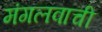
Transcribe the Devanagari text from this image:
मंगलवाची